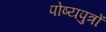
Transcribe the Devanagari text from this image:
पोष्यपुत्रों